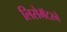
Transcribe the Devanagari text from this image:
लिसेमॅटरने